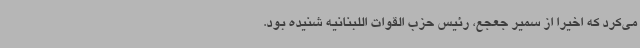
می‌کرد که اخیرا از سمیر جعجع، رئیس حزب القوات اللبنانیه شنیده بود.